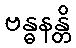
ဗန္ဓနန္တိ